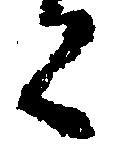
く